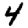
Digit: 4